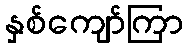
နှစ်ကျော်ကြာ